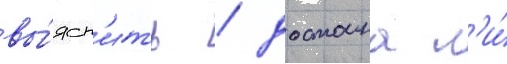
вы́ясн'ить / достоина л'и́